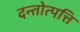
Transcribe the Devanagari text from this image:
दन्तोत्पत्ति